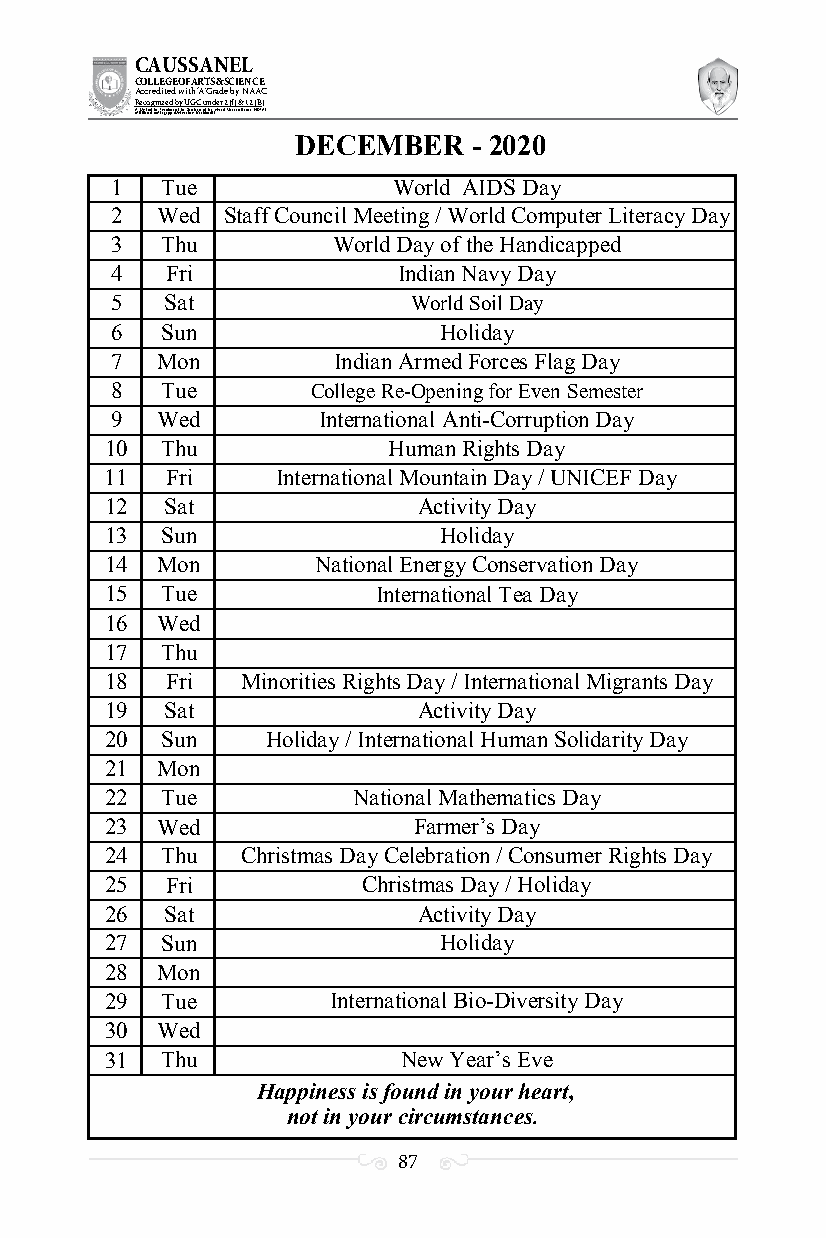
CAUSSANEL
 COLLEGE OF ARTS & SCIENCE
 Accredited with ‘A’ Grade by NAAC
 Recognized by UGC under 2 (f) & 12 (B)
 ((AA fUfilniaitt eodf ttoh eA Ilnasgtaitpuptae oUfn tihvee rBsirtoy,t hKerasr aoifk uthdei )S acred Heart of Jesus, INDIA)
 DECEMBER   - 2020
 1   Tue            World AIDS Day
 2  Wed  Staff Council Meeting / World Computer Literacy Day
 3   Thu        World Day of the Handicapped
 4   Fri            Indian Navy Day
 5   Sat             World Soil Day
 6   Sun               Holiday
 7  Mon         Indian Armed Forces Flag Day
 8   Tue       College Re-Opening for Even Semester
 9  Wed        International Anti-Corruption Day
 10  Thu            Human Rights Day
 11  Fri    International Mountain Day / UNICEF Day
 12  Sat              Activity Day
 13  Sun               Holiday
 14 Mon        National Energy Conservation Day
 15  Tue           International Tea Day
 16 Wed
 17  Thu
 18  Fri  Minorities Rights Day / International Migrants Day
 19  Sat              Activity Day
 20  Sun    Holiday / International Human Solidarity Day
 21 Mon
 22  Tue         National Mathematics Day
 23 Wed              Farmer’s Day
 24  Thu  Christmas Day Celebration / Consumer Rights Day
 25  Fri          Christmas Day / Holiday
 26  Sat              Activity Day
 27  Sun               Holiday
 28 Mon
 29  Tue        International Bio-Diversity Day
 30 Wed
 31  Thu             New Year’s Eve
 Happiness is found in your heart,
 not in your circumstances.
 87